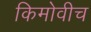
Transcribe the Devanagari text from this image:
किमोवीच